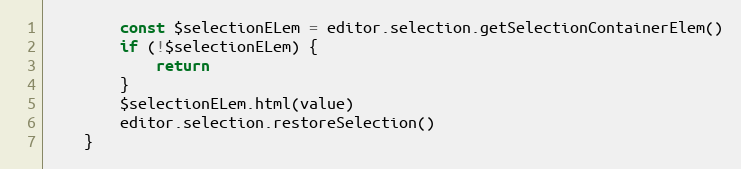
Language: JavaScript
        const $selectionELem = editor.selection.getSelectionContainerElem()
        if (!$selectionELem) {
            return
        }
        $selectionELem.html(value)
        editor.selection.restoreSelection()
    }